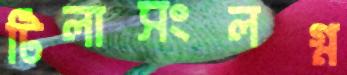
টিলাসংলগ্ন